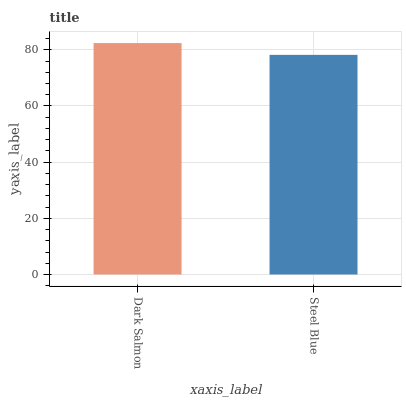
| xaxis_label | bars |
 | --- | --- |
 | Dark Salmon | 82.4 |
 | Steel Blue | 78.2 |